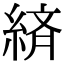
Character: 緕